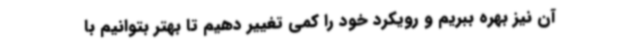
آن نیز بهره ببریم و رویکرد خود را کمی تغییر دهیم تا بهتر بتوانیم با